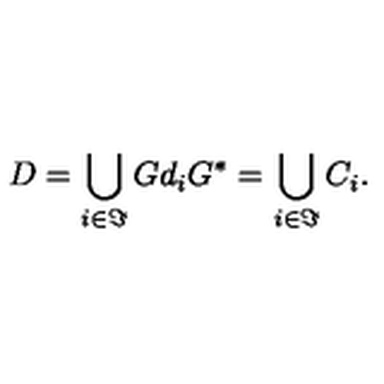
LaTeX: D = \bigcup _ { i \in \Im } G d _ { i } G ^ { * } = \bigcup _ { i \in \Im } C _ { i } .